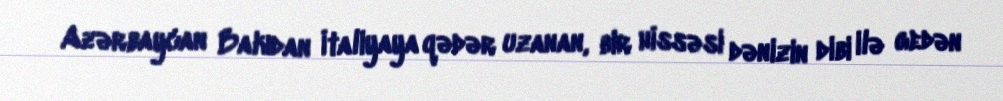
Azərbaycan Bakıdan İtaliyaya qədər uzanan, bir hissəsi dənizin dibi ilə gedən